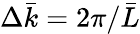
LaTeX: \Delta\bar{k}=2\pi/\bar{L}